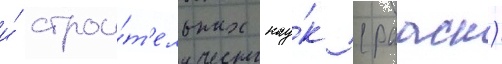
и́ строи́т'ельных нау́к (раасн)